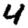
Digit: 4